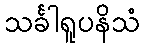
သင်္ခါရူပနိသံ